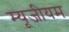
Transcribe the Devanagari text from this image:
म्‍यूजीयम